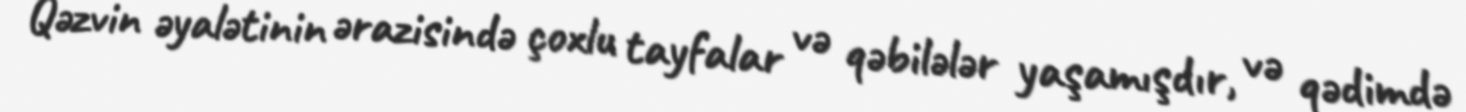
Qəzvin əyalətinin ərazisində çoxlu tayfalar və qəbilələr yaşamışdır, və qədimdə